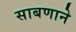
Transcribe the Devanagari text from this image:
साबणाने